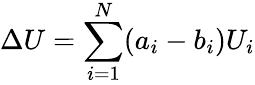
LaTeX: \Delta U=\sum_{i=1}^{N}(a_{i}-b_{i})U_{i}